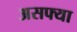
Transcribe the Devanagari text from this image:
असफ्या